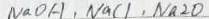
N a O H , N a C l , N a _ { 2 } O